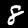
Digit: 8